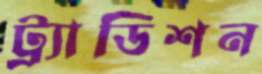
ট্র্যাডিশন